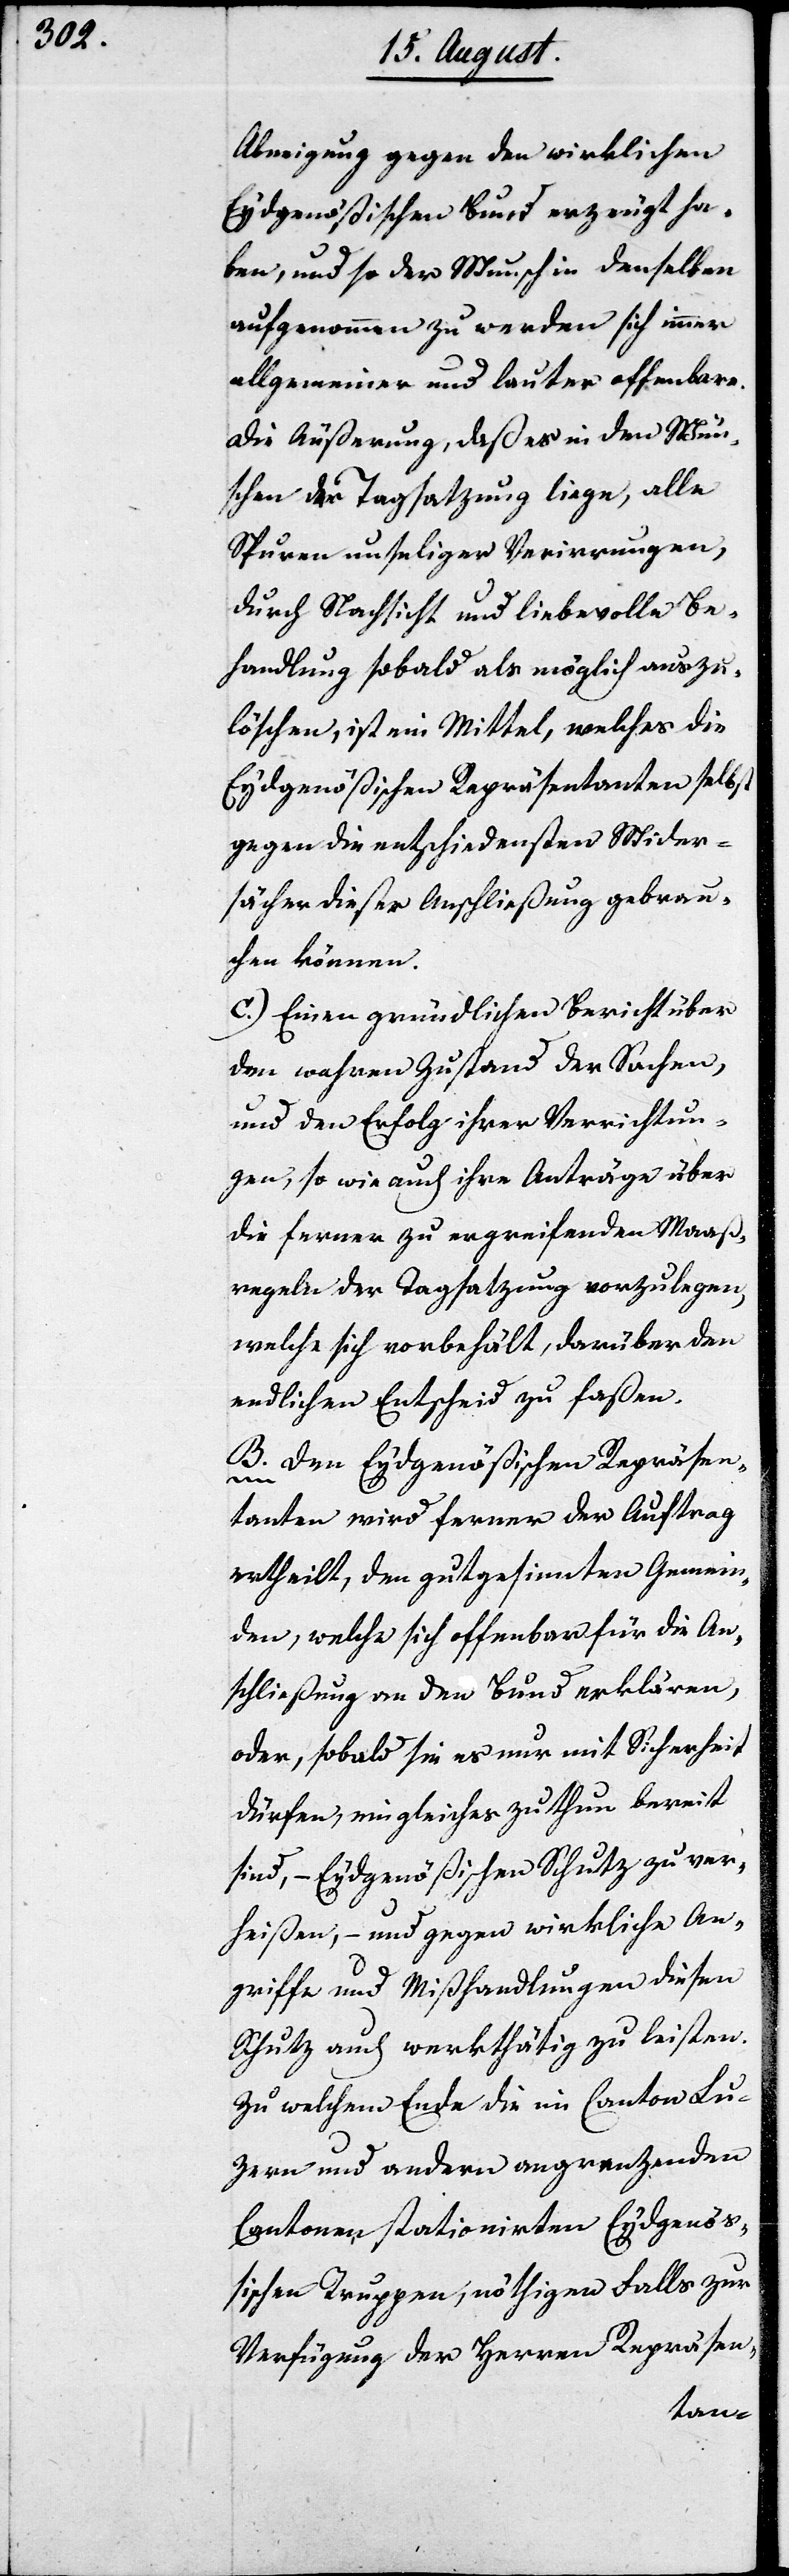
Abneigung gegen den wirklichen
Eydgenößischen Bund erzeugt ha¬
ben, und so der Wunsch in denselben
aufgenommen zu werden sich immer
allgemeiner und lauter offenbare.
Die Äußerung, daß es in den Wün¬
schen der Tagsatzung liege, alle
Spuren unseliger Verirrungen,
durch Nachsicht und liebevolle Be¬
handlung sobald als möglich auszu¬
löschen, ist ein Mittel, welches die
Eydgenößischen Repräsentanten selbst
gegen die entschiedensten Wider¬
sächer dieser Anschließung gebrau¬
chen können.
c. Einen gründlichen Bericht über
den wahren Zustand der Sachen,
und den Erfolg ihrer Verrichtun¬
gen, so wie auch ihre Anträge über
die ferner zu ergreifenden Maß¬
regeln der Tagsatzung vorzulegen,
welche sich vorbehält, darüber den
endlichen Entscheid zu faßen.
B. Den Eydgenößischen Repräsen¬
tanten wird ferner der Auftrag
ertheilt, den gutgesinnten Gemein¬
den, welche sich offenbar für die An¬
schließung an den Bund erklären,
oder, sobald sie es nur mit Sicherheit
dürfen, ein gleiches zu thun bereit
sind, – Eydgenößischen Schutz zu ver¬
heißen, – und gegen wirkliche An¬
griffe und Mißhandlungen diesen
Schutz auch werkthätig zu leisten.
Zu welchem Ende die im Canton Lu¬
zern und andern angrenzenden
Cantonen stationierten Eydgenößi¬
schen Truppen, nöthigen Falls zur
Verfügung der Herren Repräsen-